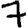
Digit: 7